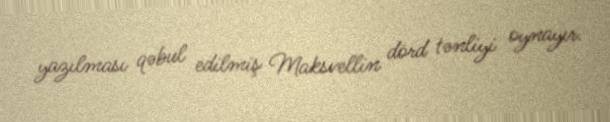
yazılması qəbul edilmiş Maksvellin dörd tənliyi oynayır.